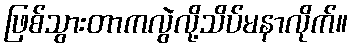
ဖြစ်သွားတာကလွဲလို့သိပ်မနာလိုက်။